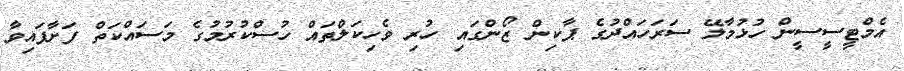
އެމްޓީސީސީން ހުޅުމާލޭ ސަރަހައްދުގެ ޕާކިން ޒޯންގައި ހުރި ވެހިކަލްތައް ހުސްކުރުމުގެ މަސައްކަތް ފަށާފައިވާ